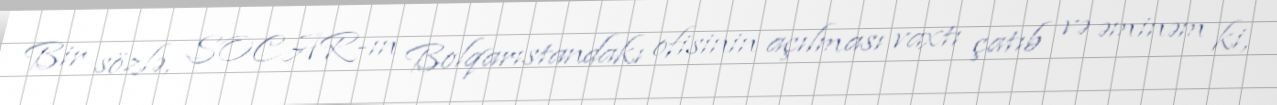
Bir sözlə, SOCAR-ın Bolqarıstandakı ofisinin açılması vaxtı çatıb və əminəm ki,